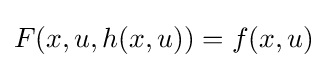
F(x,u,h(x,u))=f(x,u)